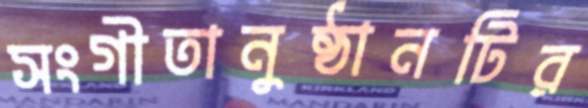
সংগীতানুষ্ঠানটির